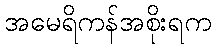
အမေရိကန်အစိုးရက